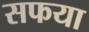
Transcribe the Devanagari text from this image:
सफया